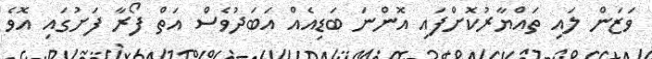
ވަޒަން ލައި ތައްޔާރުކޮށްފައި އޮންނަ ބަޑިއެއް އަބަދުވެސް އަތް ފޯރާ ފަށުގައި އޮވެ